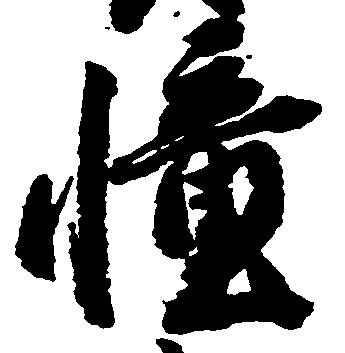
憧